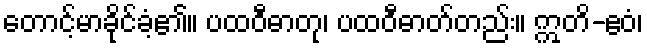
တောင့်မာခိုင်ခံ့၏။ ပထဝီဓာတု၊ ပထဝီဓာတ်တည်း။ ဣတိ-ဧဝံ၊